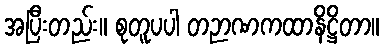
အပြီးတည်း။ စုတူပပါ တဉာဏကထာနိဋ္ဌိတာ။